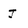
Character: J